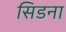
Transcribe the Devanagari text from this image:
सिडना